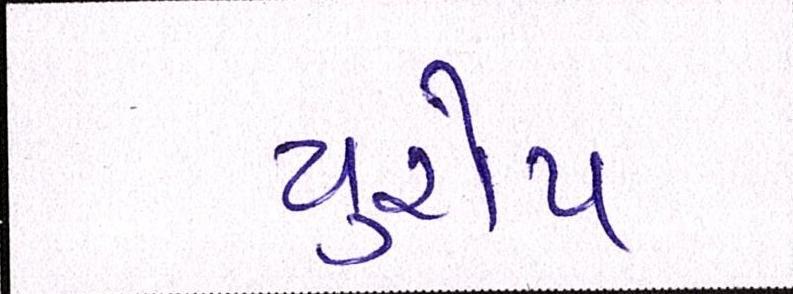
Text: યુરોપ